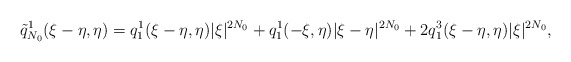
\begin{align*}\tilde{q}_{N_0}^1(\xi-\eta, \eta)= q_1^1(\xi-\eta, \eta) |\xi|^{2N_0} + q_1^1(-\xi, \eta)|\xi-\eta|^{2N_0}+ 2 q_1^3(\xi-\eta,\eta) |\xi|^{2N_0},\end{align*}